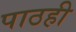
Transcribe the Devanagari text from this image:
पाठही